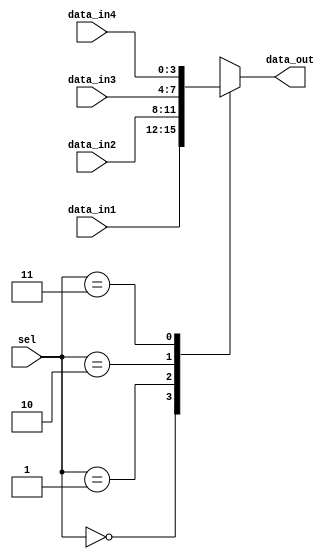
module mux_4to1 (
    input [3:0] data_in1,
    input [3:0] data_in2,
    input [3:0] data_in3,
    input [3:0] data_in4,
    input [1:0] sel,
    output reg [3:0] data_out
);

always @ (*)
begin
    case (sel)
        2'b00: data_out = data_in1;
        2'b01: data_out = data_in2;
        2'b10: data_out = data_in3;
        2'b11: data_out = data_in4;
    endcase
end

endmodule